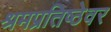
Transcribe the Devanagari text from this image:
श्रमप्रतिष्ठेवर